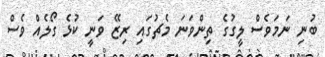
ބުނި ނަމަވެސް ލީގުގެ ތިންވަނަ މެޗުގައި ރިޒޭ ވަނީ ކުޅެ ގޯލެއް ވެސް